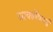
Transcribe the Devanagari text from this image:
बार्क्लेकार्ड